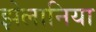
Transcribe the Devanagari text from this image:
झेलानिया